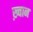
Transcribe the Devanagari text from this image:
ख़्वान